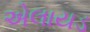
એલાયડ